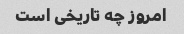
امروز چه تاریخی است